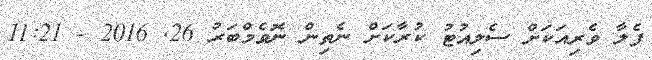
ފެލާ ވެރިއަކަށް ސެލިއުޓު ކުރާކަށް ނެތިން ނޮވެމްބަރު 26